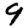
Digit: 9